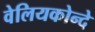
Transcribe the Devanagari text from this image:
वेलियकोन्दे